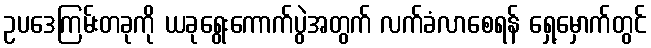
ဥပဒေကြမ်းတခုကို ယခုရွေးကောက်ပွဲအတွက် လက်ခံလာစေရန် ရှေ့မှောက်တွင်